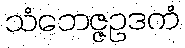
သံဘေဇ္ဇဥဒကံ